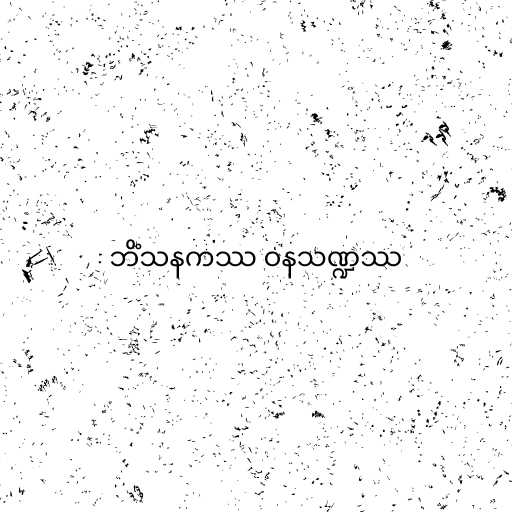
ဘိံသနကဿ ဝနသဏ္ဍဿ